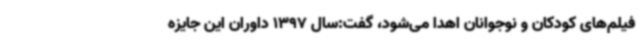
فیلم‌های کودکان و نوجوانان اهدا می‌شود، گفت:سال 1397 داوران این جایزه